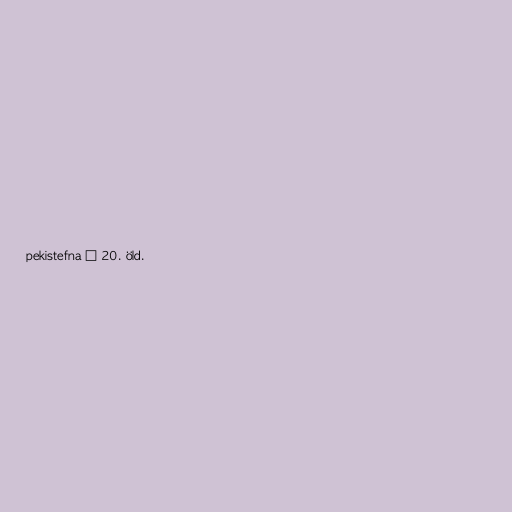
pekistefna á 20. öld.